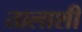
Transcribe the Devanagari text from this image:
तालाशी